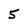
Character: 5